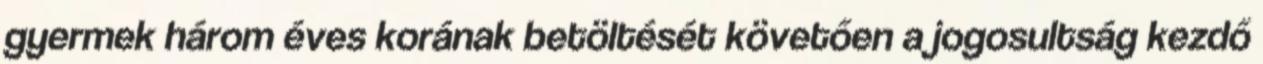
gyermek három éves korának betöltését követően a jogosultság kezdő